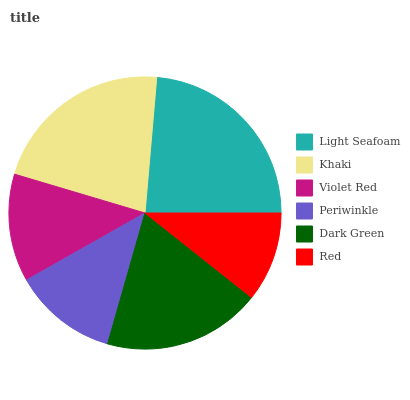
| Light Seafoam | Khaki | Violet Red | Periwinkle | Dark Green | Red |
 | --- | --- | --- | --- | --- | --- |
 | 23.6% | 21.8% | 12.8% | 12.4% | 18.8% | 10.7% |